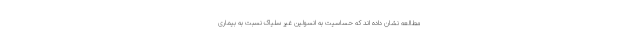
مطالعه نشان داده اند که حساسیت به انسولین غیر سلیاک نسبت به بیماری